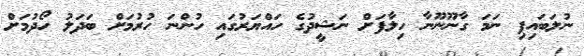
ނުލަބައިފި ނަމަ ގާނޫނޫނާ ހިލާފަށް ނަޝީދުގެ ހައްޔަރުގައި ހުންނަ ހުރުމަށް ބަދަލު ހޯދުމަށް